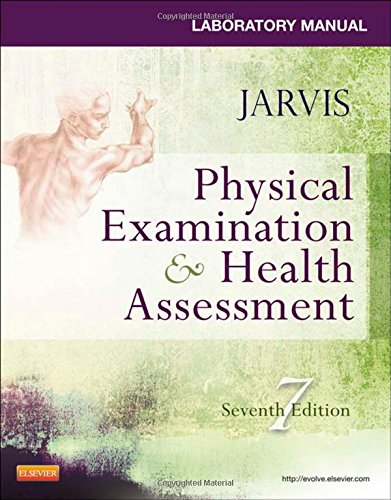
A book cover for Laboratory Manual for Physical Examination & Health Assessment, 7e; Carolyn Jarvis PhD  APN  CNP; Medical Books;